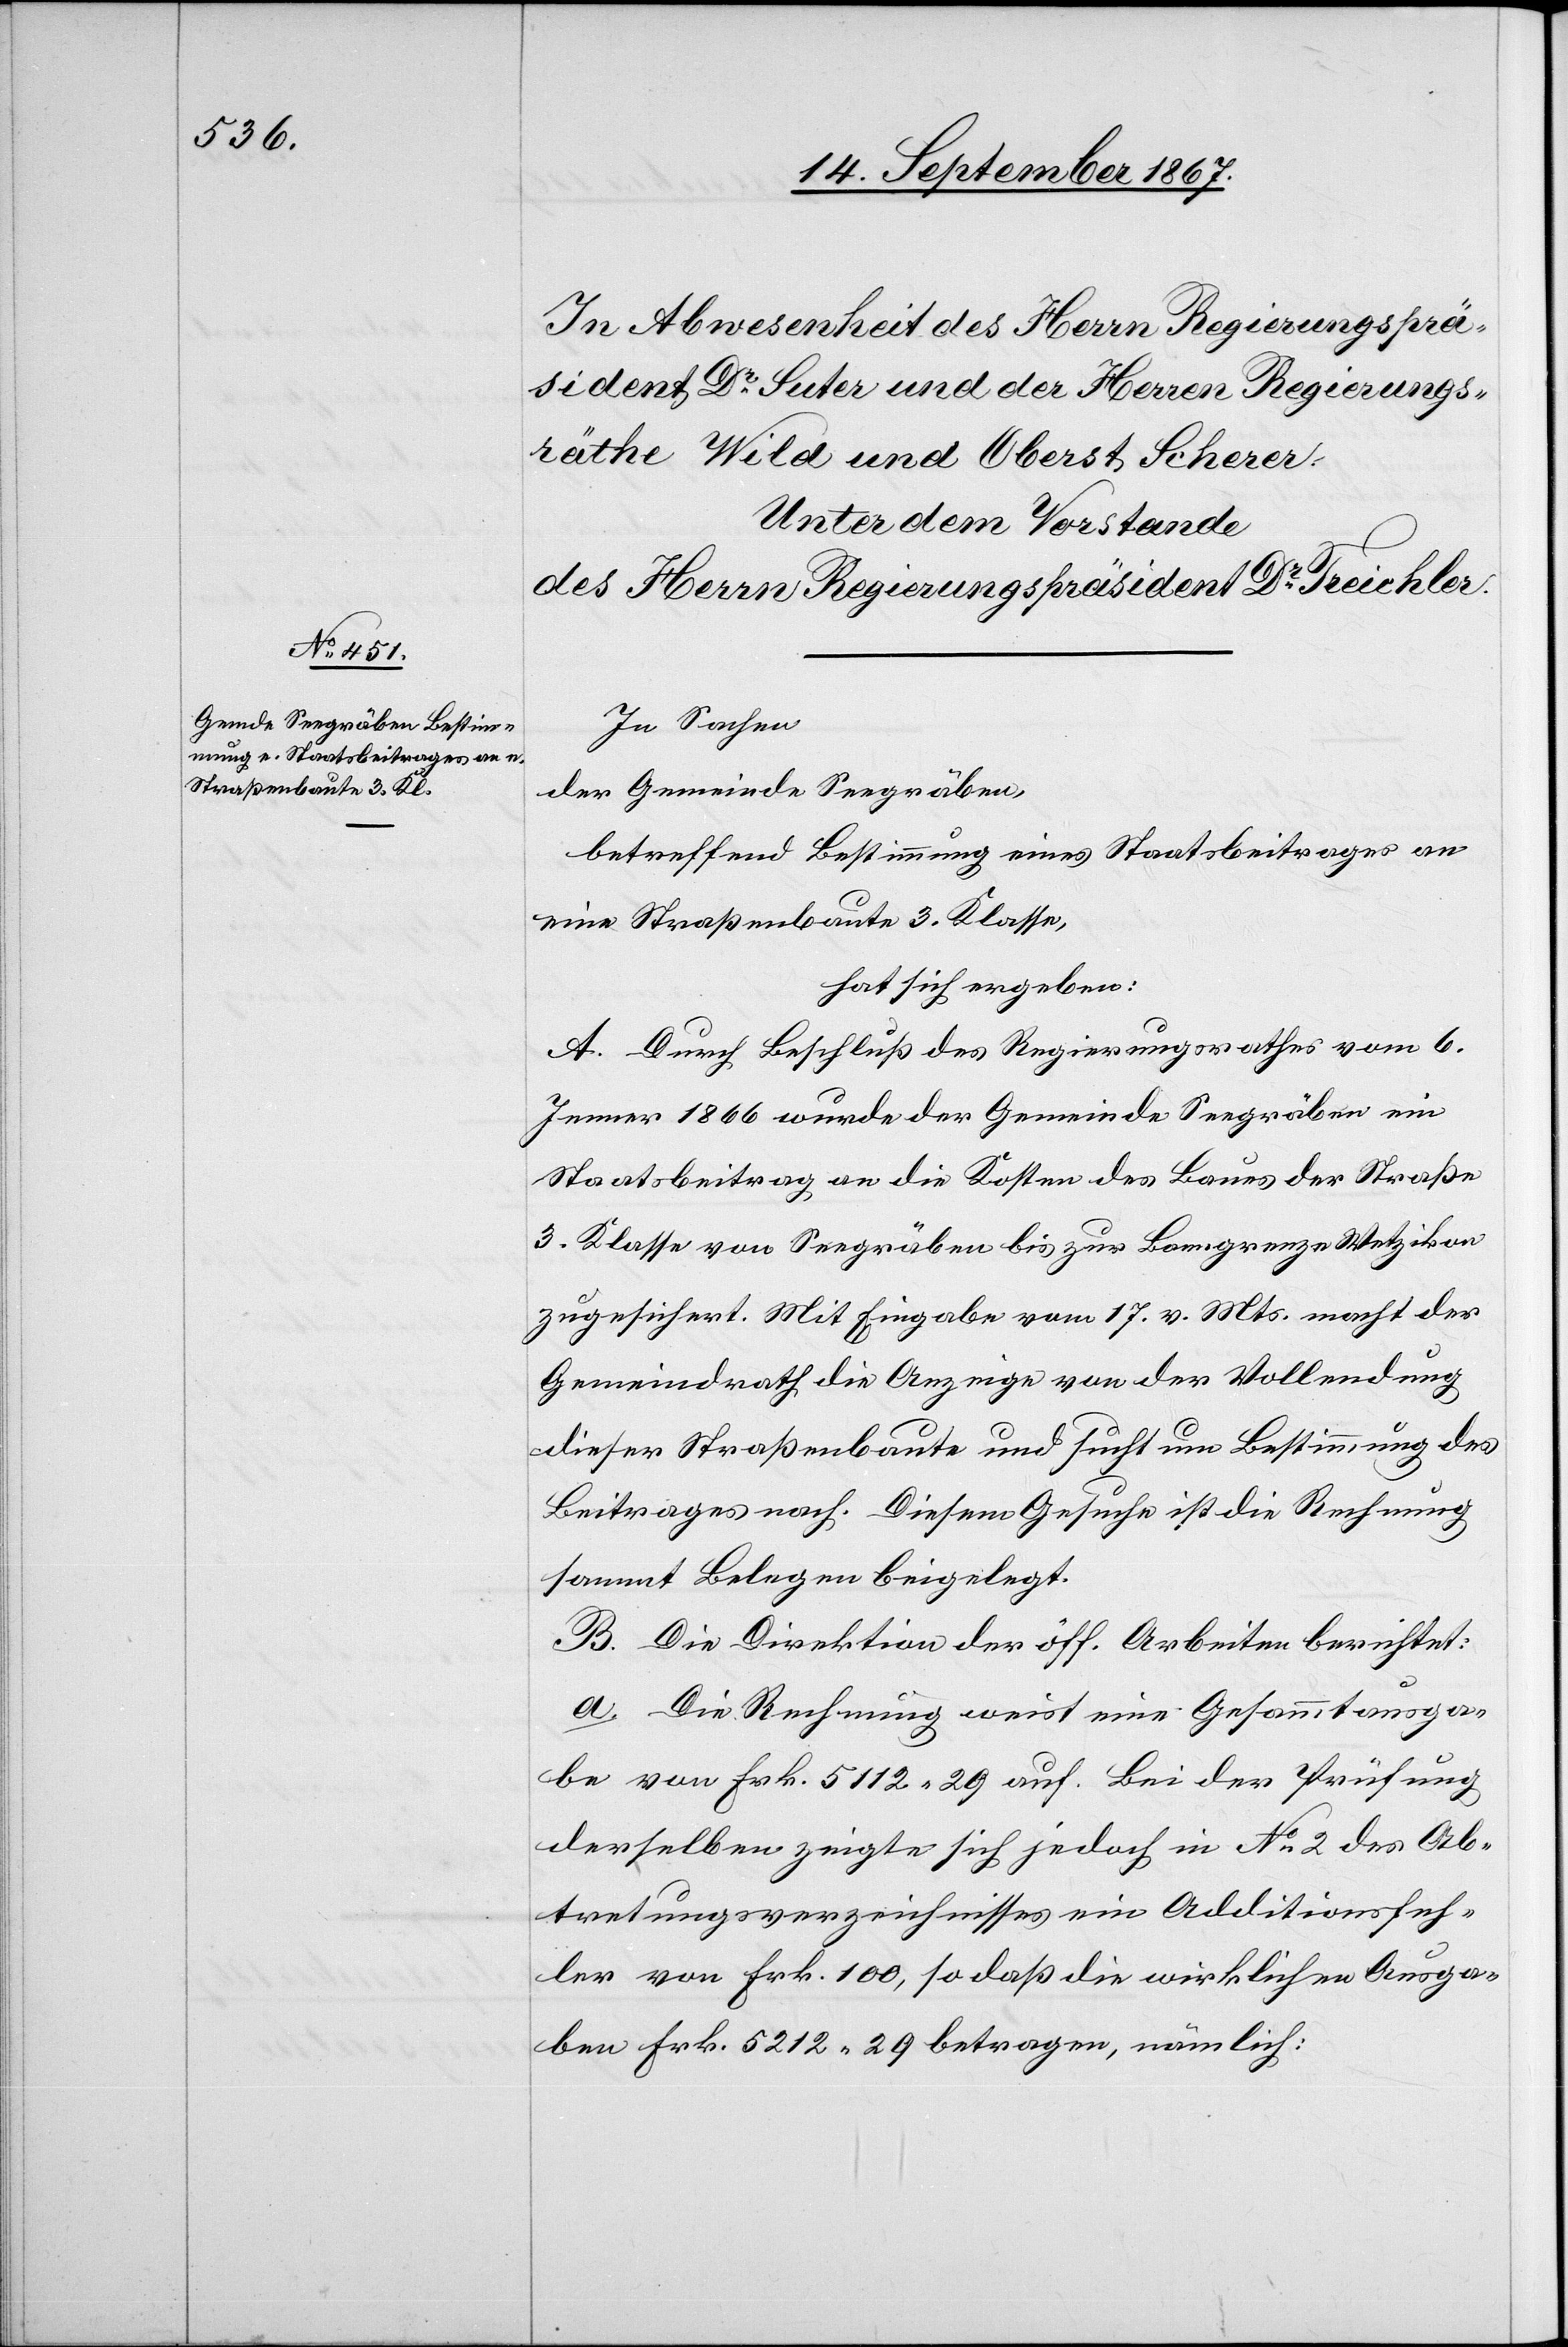
In Sachen
der Gemeinde Seegräben,
betreffend Bestimmung eines Staatsbeitrages an
eine Straßenbaute 3. Klasse,
hat sich ergeben:
A. Durch Beschluß des Regierungsrathes vom 6.
Jenner 1866 wurde der Gemeinde Seegräben ein
Staatsbeitrag an die Kosten des Baues der Straße
3. Klasse von Seegräben bis zur Banngrenze Wetzikon
zugesichert. Mit Eingabe vom 17. v. Mts. macht der
Gemeindrath die Anzeige von der Vollendung
dieser Straßenbaute und sucht um Bestimmung des
Beitrages nach. Diesem Gesuche ist die Rechnung
sammt Belegen beigelegt.
B. Die Direktion der öff. Arbeiten berichtet:
a. Die Rechnung weist eine Gesammtausga¬
be von Frk. 5112.29 auf. Bei der Prüfung
derselben zeigte sich jedoch in No. 2 des Ab¬
tretungsverzeichnisses ein Additionsfeh¬
ler von Frk. 100, so daß die wirklichen Ausga¬
ben Frk. 5212.29 betragen, nämlich: